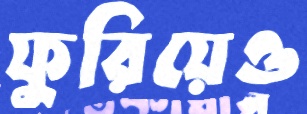
ফুরিয়েও